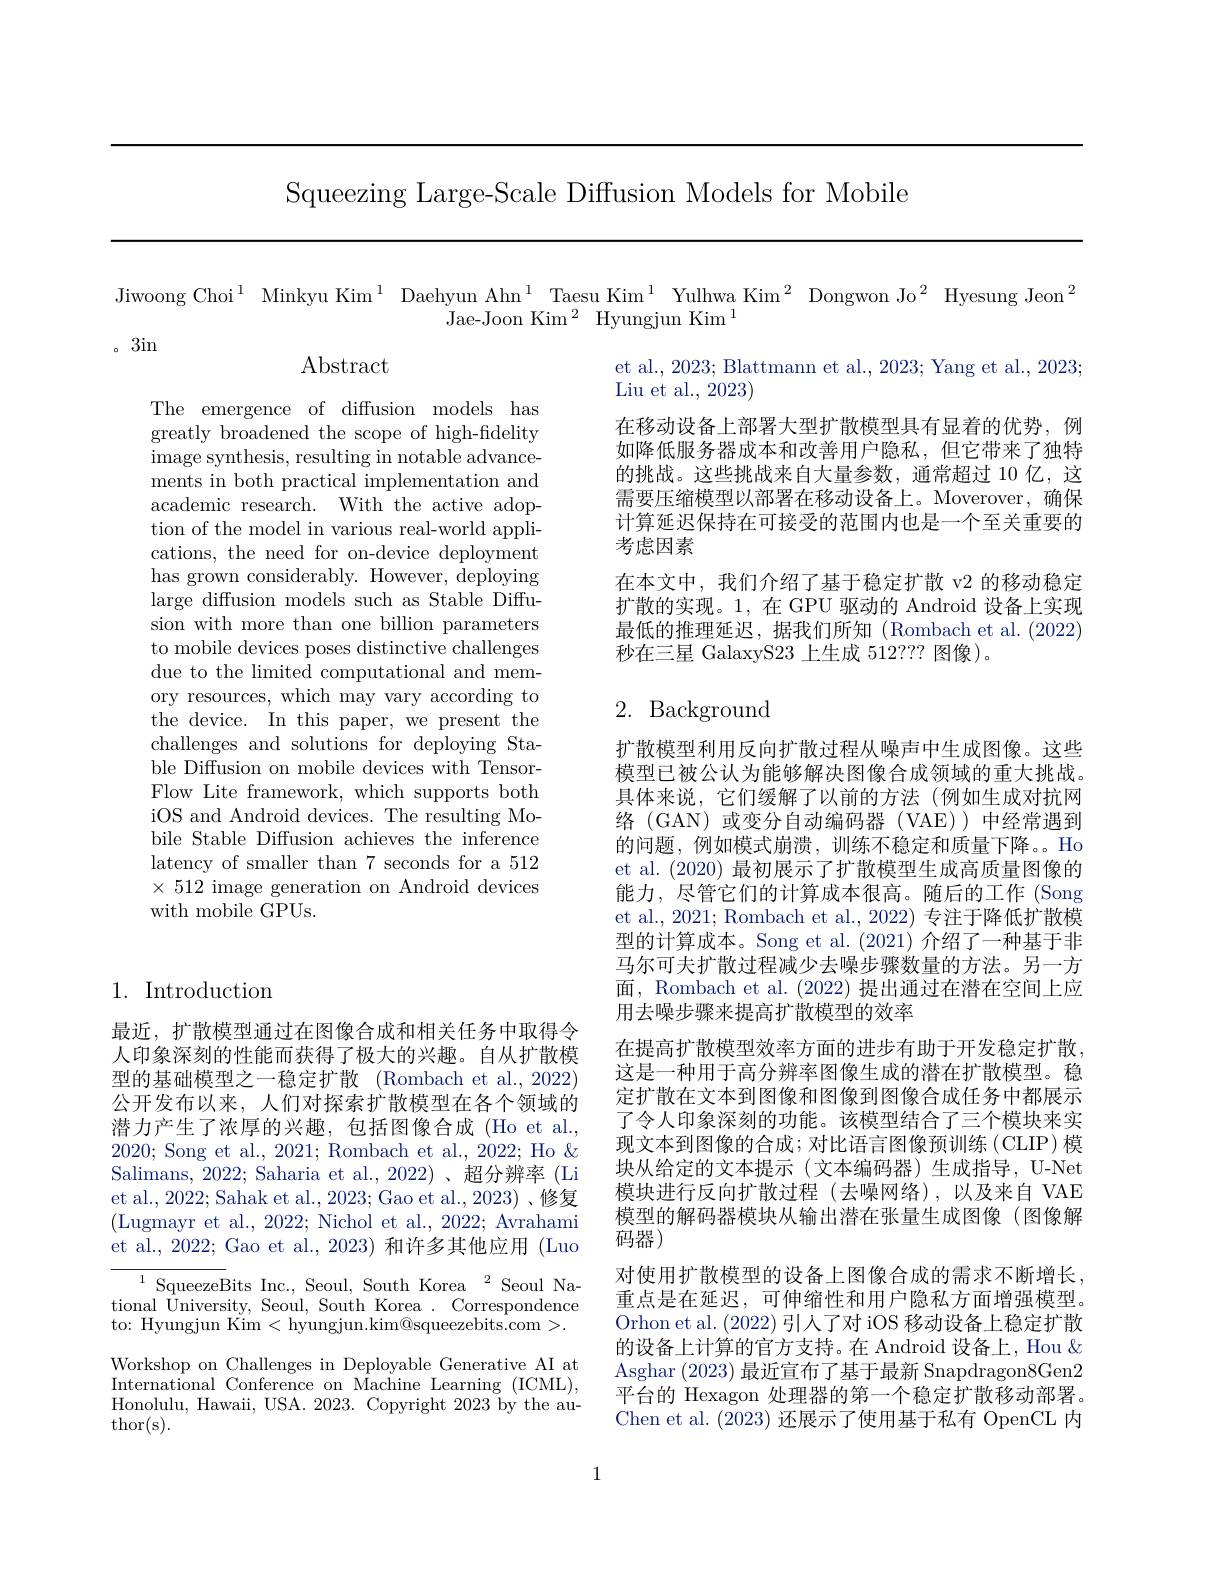
Squeezing Large-Scale Diffusion Models for Mobile

。3in

1. Introduction

最近，扩散模型通过在图像合成和相关任务中取得令人印象深刻的性能而获得了极大的兴趣。自从扩散模型的基础模型之一稳定扩散 (Rombach et al., 2022) 公开发布以来，人们对探索扩散模型在各个领域的潜力产生了浓厚的兴趣，包括图像合成(Ho et al., 2020; Song et al., 2021; Rombach et al., 2022; Ho $\&$ Salimans, 2022; Saharia et al., 2022)、超分辨率 (Li et al., 2022; Sahak et al., 2023; Gao et al.,2023)、修复(Lugmayr et al., 2022; Nichol et al., 2022; Avrahami et al., 2022; Gao et al., 2023) 和许多其他应用 (Luo
${\overline{{^{1}\text{SqueezeB}}}}$itsInc. , Seoul, South Korea${}^{2}$Seoul National University, Seoul, South Korea . Correspondence to: Hyungjun Kim <hyungjun.kim@squeezebits.com >.

Workshop on Challenges in Deployable Generative AI at International Conference on Machine Learning (ICML), Honolulu, Hawaii, USA. 2023. Copyright 2023 by the au- $\operatorname{thor(s).}$

Abstract

The emergence of diffusion models has greatly broadened the scope of high-fidelity ${\text{image synthesis, resulting in notable advance-}}$ ments in both practical implementation and academic research. With the active adoption of the model in various real-world applications, the need for on-device deployment has grown considerably. However, deploying large diffusion models such as Stable Diffusion with more than one billion parameters to mobile devices poses distinctive challenges due to the limited computational and memory resources, which may vary according to the device. In this paper, we present the challenges and solutions for deploying Stable Diffusion on mobile devices with TensorFlow Lite framework, which supports both iOS and Android devices. The resulting Mobile Stable Diffusion achieves the inference latency of smaller than 7 seconds for a 512 $\times512$ image generation on Android devices with mobile GPUs.

Jiwoong Choi$^{1}$ Minkyu Kim$^{1}$ Daehyun Ahn$^{1}$ Taesu Kim$^{1}$ Yulhwa Kim$^{2}$ Dongwon Jo$^{2}$ Hyesung Jeon$^{2}$
Jae-Joon Kim$^2$Hyungjun Kim$^1$
et al., 2023; Blattmann et al., 2023; Yang et al., 2023;
Liu et al., 2023)
在移动设备上部署大型扩散模型具有显着的优势，例如降低服务器成本和改善用户隐私，但它带来了独特的挑战。这些挑战来自大量参数，通常超过 10 亿，这需要压缩模型以部署在移动设备上。Moverover,确保计算延迟保持在可接受的范围内也是一个至关重要的考虑因素
在本文中，我们介绍了基于稳定扩散 v2 的移动稳定扩散的实现。1,在 GPU 驱动的 Android 设备上实现最低的推理延迟，据我们所知(Rombach et al.(2022) 秒在三星 GalaxyS23上生成 512??? 图像)。

## 2. Background

扩散模型利用反向扩散过程从噪声中生成图像。这些模型已被公认为能够解决图像合成领域的重大挑战。具体来说，它们缓解了以前的方法(例如生成对抗网络 (GAN)或变分自动编码器 (VAE))中经常遇到的问题，例如模式崩溃，训练不稳定和质量下降。。Ho et al. (2020) 最初展示了扩散模型生成高质量图像的能力，尽管它们的计算成本很高。随后的工作 (Song et al., 2021; Rombach et al., 2022) 专注于降低扩散模型的计算成本。Song et al. (2021) 介绍了一种基于非马尔可夫扩散过程减少去噪步骤数量的方法。另一方面，Rombach et al. (2022)提出通过在潜在空间上应用去噪步骤来提高扩散模型的效率
在提高扩散模型效率方面的进步有助于开发稳定扩散， 这是一种用于高分辨率图像生成的潜在扩散模型。稳定扩散在文本到图像和图像到图像合成任务中都展示了令人印象深刻的功能。该模型结合了三个模块来实现文本到图像的合成；对比语言图像预训练(CLIP)模块从给定的文本提示(文本编码器)生成指导，U-Net 模块进行反向扩散过程(去噪网络),以及来自 VAE 模型的解码器模块从输出潜在张量生成图像(图像解码器)
对使用扩散模型的设备上图像合成的需求不断增长重点是在延迟，可伸缩性和用户隐私方面增强模型Orhon et al. (2022)引人了对 iOS 移动设备上稳定扩散的设备上计算的官方支持。在 Android 设备上，Hou & Asghar (2023)最近宣布了基于最新 Snapdragon8Gen2平台的 Hexagon 处理器的第一个稳定扩散移动部署。Chen et al. (2023)还展示了使用基于私有 OpenCL 内

1